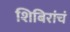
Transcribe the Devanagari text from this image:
शिबिरांचं